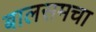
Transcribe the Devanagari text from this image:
बालसमचा